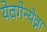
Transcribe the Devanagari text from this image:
येवगेन्येव्ना